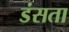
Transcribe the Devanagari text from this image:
डंसता